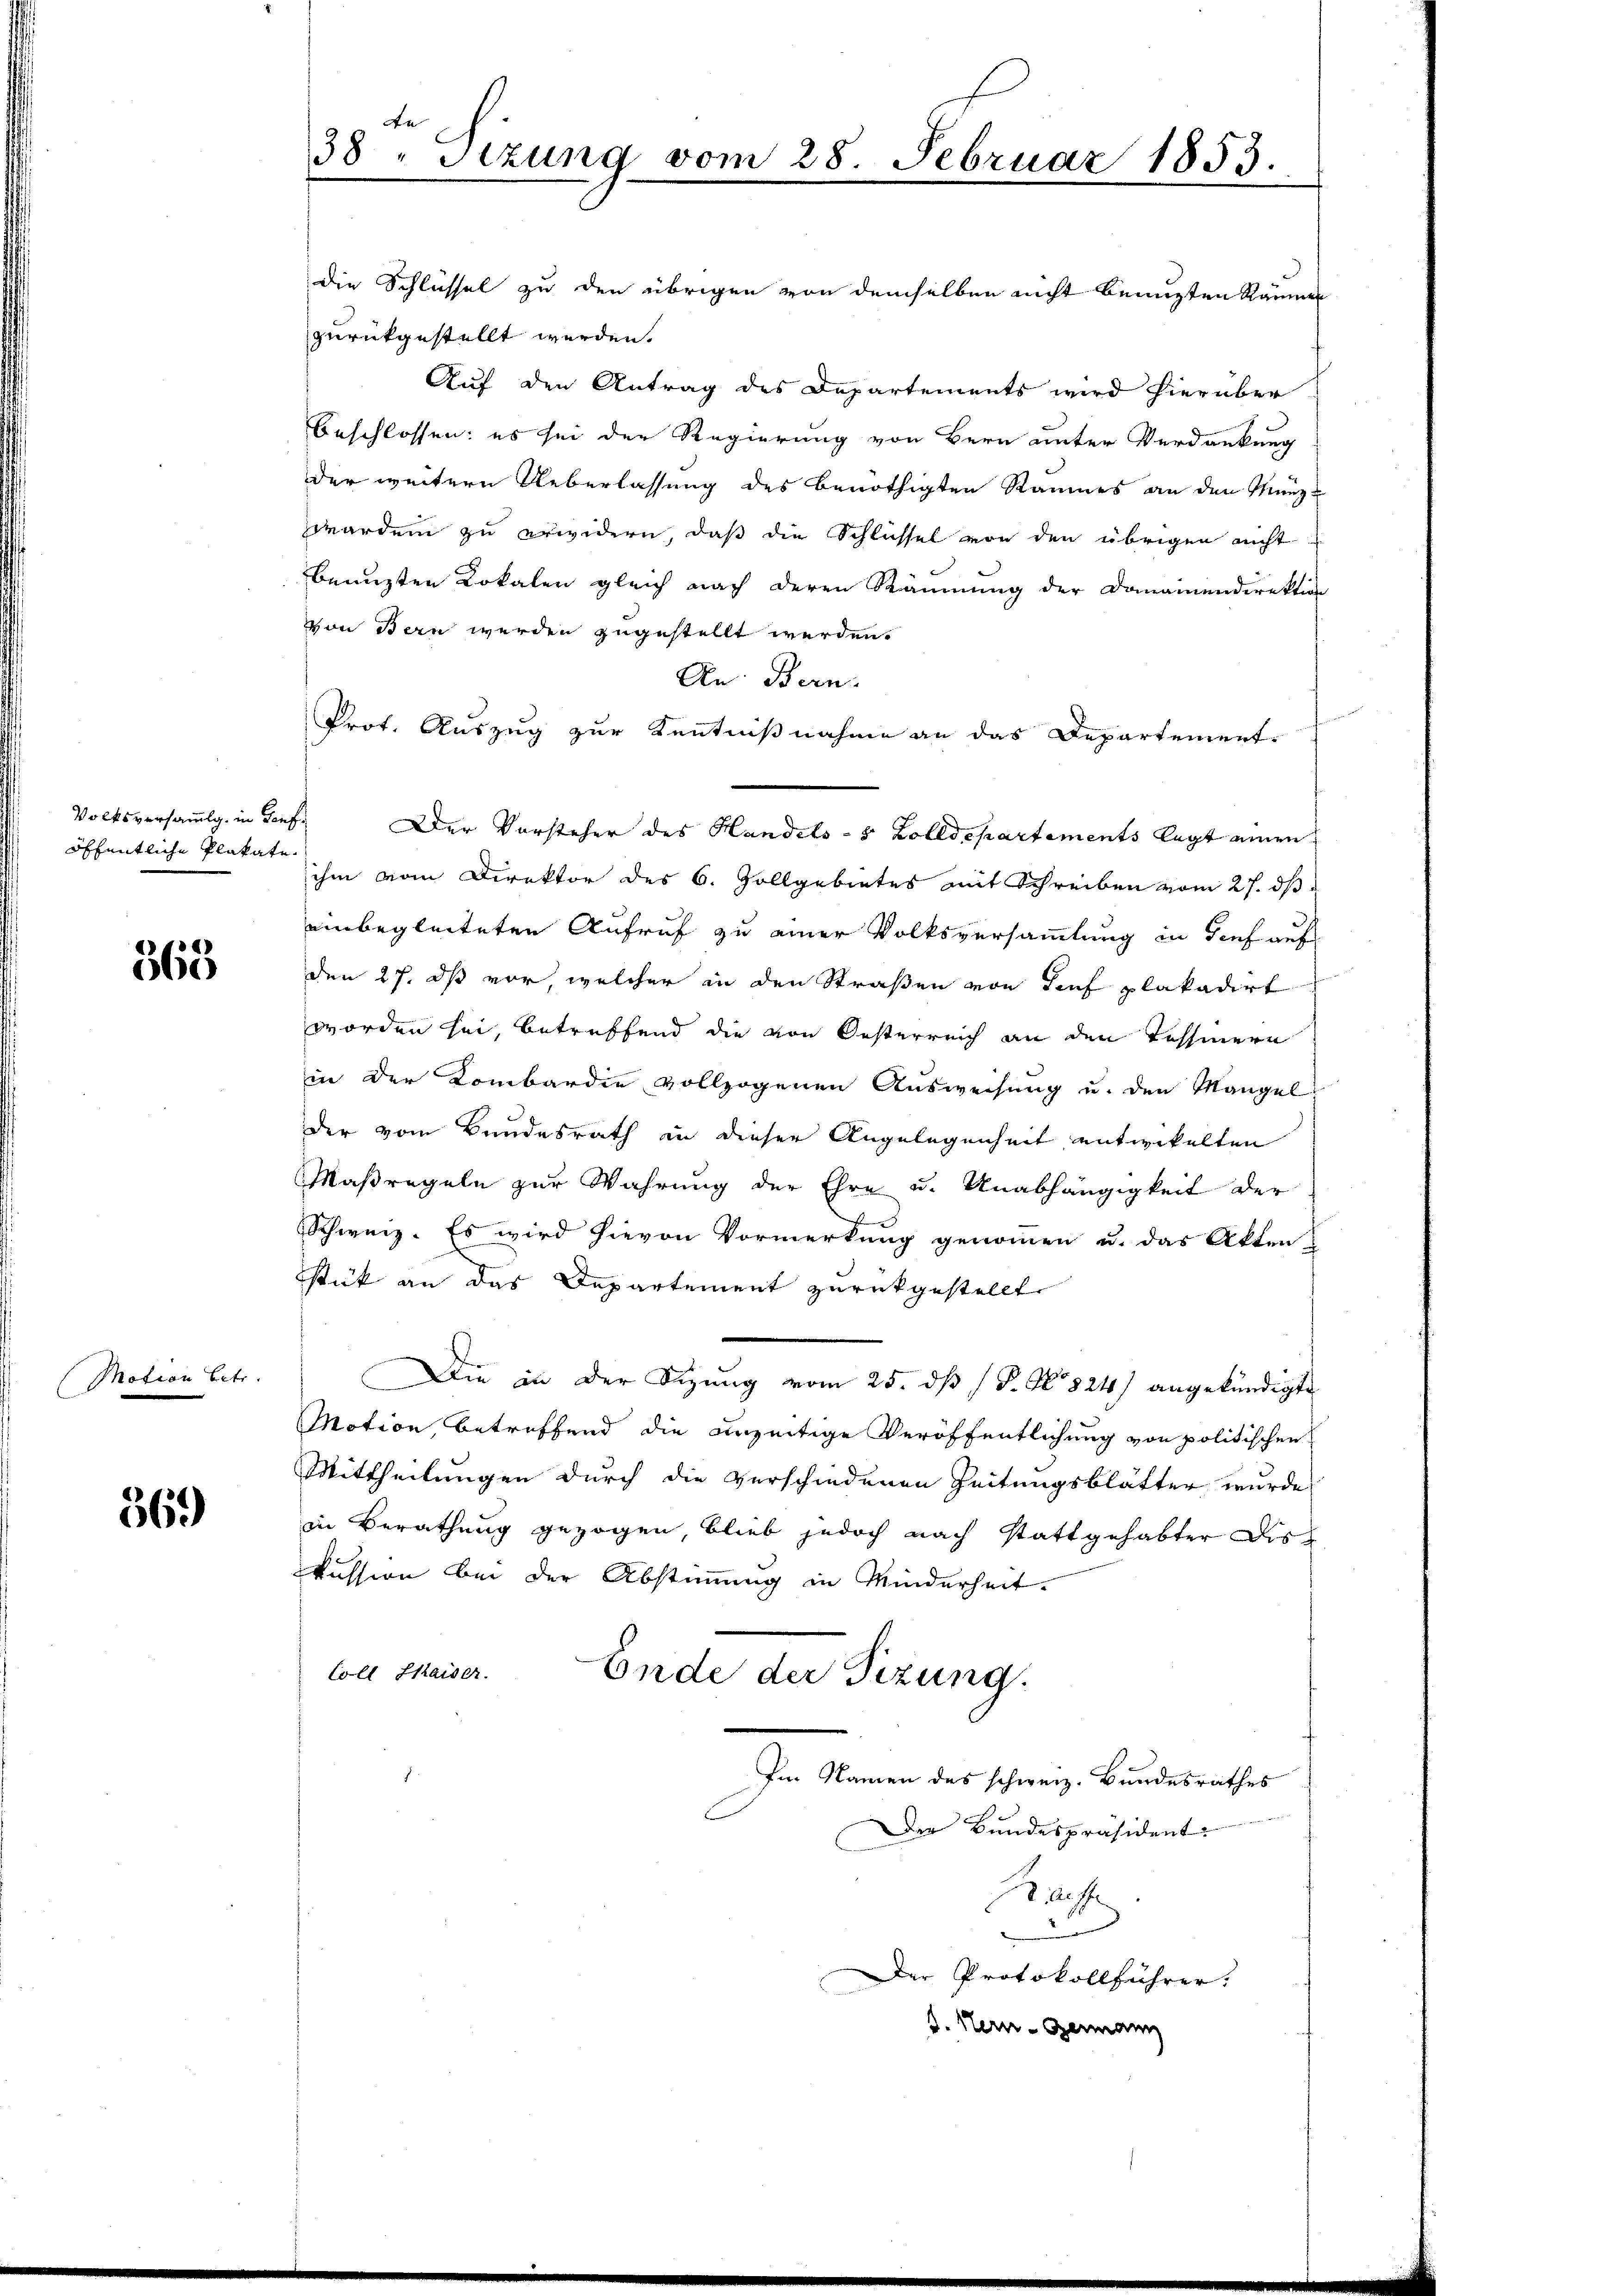
Volksversammlg. in Tauföffentliche Plakate.

e
360

Motion betr.

569)

die Schlüssel zu den übrigen von demselben nicht benuzten Räumen
zurückgestellt werden.
Auf den Antrag des Departements wird hierüber

An
38. Sitzung vom 28. Februar 1853.

beschlossen: es sei der Regierung von Bern unter Verdankung
der weitern Ueberlassung des benöthigten Raumes an den Manzwarden zu erwidern, daß die Schlüssel von den übrigen nicht
benuzten Rokalen gleich nach deren Räumung der Danamendirektion
von Bern werden zugestellt werden.
An Bern.
Prot. Auszug zur Kenntnißnahme an das Departement-
Der Vorsteher des Handels- 5 Zolldepartements legt einen
ihm vom Direktor des 6. Zollgebietes mit Schreiben vom 27. ds
einbegleiteten Aufruf zu einer Volksversammlung in dies auf
den 27. ds vor, welcher in den Straßen von Tief plakadirt
worden sei, betreffend die von Oesterreich an den Tessinern
in der Lombardie vollzogenen Ausweisung u. den Mangel
der vom Bundesrath in dieser Angelegenheit entwickelten
Maßregeln zur Wahrung der Ehre u. Unabhängigkeit der
Schweiz. Es wird hievon Vormerkung genommen u. das Akten
stick an das Departement zurückgestellt
Die in der Sitzung vom 25. dß ( P. No 824) angekündigte
Motion, betreffend die unzeitige Veröffentlichung von politischen
Mittheilungen durch die verschiedenen Zeitungsblätter wurde
in Berathung gezogen, blieb jedoch nach stattgehabter Diskussion bei der Abstimmung in Minderheit.
Coll Haider
Ende der Sizung.
Im Namen des schweiz. Bundesrathes
Der Bundespräsident:
aese
.
Der Protokollführer.
d. Stern-Germann